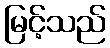
မြင့်သည်